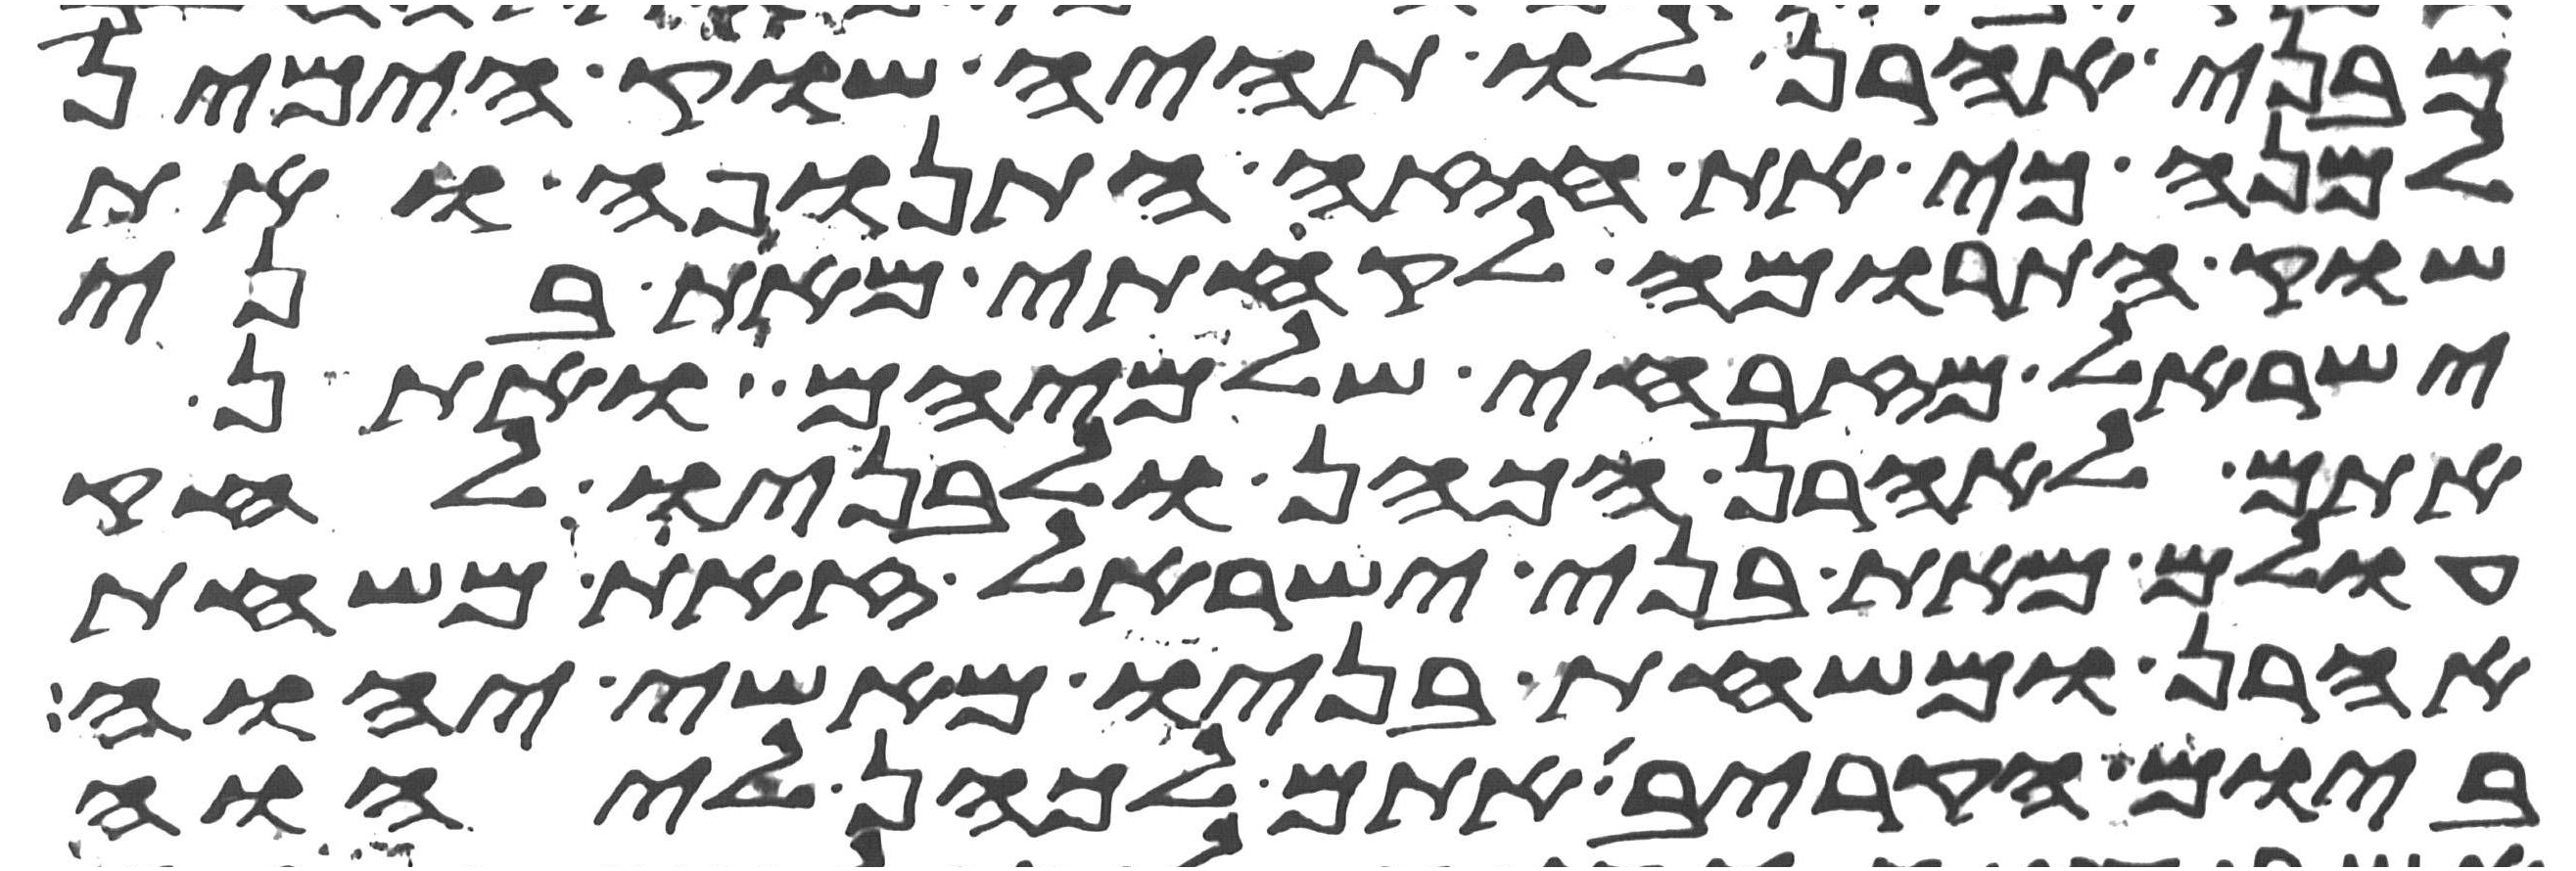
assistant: מבני אהרן לו תהיה שוק הימין
למנה כי את חזה התנופה ואת
שוק התרומה לקחתי מאת בני
ישראל מזבחי שלמיהם ואתן
אתם לאהרן הכהן ולבניו לחק
עולם מאת בני ישראל זאת משחת
אהרן ומשחת בניו מאשי יהוה
ביום הקריבו אתם לכהן ליהוה